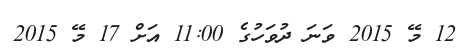
12 މޭ 2015 ވަނަ ދުވަހުގެ 11:00 އަށް 17 މޭ 2015